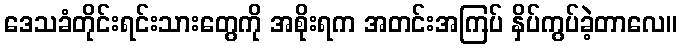
ဒေသခံတိုင်းရင်းသားတွေကို အစိုးရက အတင်းအကြပ် နှိပ်ကွပ်ခဲ့တာလေ။